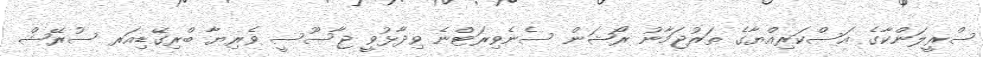
ސްރީލަންކާގެ އަސްކަރިއްޔާގެ ތަރުޖަމާނު ރޯޝަން ސެނެވިރަޓްނެ ވިދާޅުވީ ޖާސޫސީ ވެރިޔާ ބްރިގޭޑިއަރ ސުރޭޝް